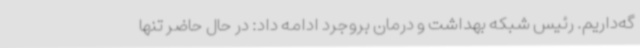
گه‌داریم. رئیس شبکه بهداشت و درمان بروجرد ادامه داد: در حال حاضر تنها